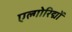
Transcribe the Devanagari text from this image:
एल्गोरिद्मों